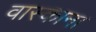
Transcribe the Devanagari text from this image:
वास्काना